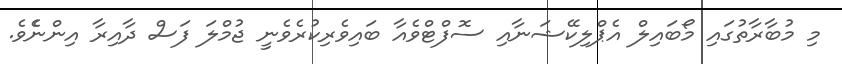
މި މުބާރާތުގައި މޯބައިލް އެޕްލިކޭޝަނާއި ސޮފްޓްވެއާ ބައިވެރިކުރެވެނީ ޖުމްލަ ފަސް ދާއިރާ އިންނެެވެ.